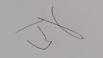
Signature authenticity: genuine